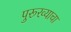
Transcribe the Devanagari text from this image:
पुरूरव्याचा